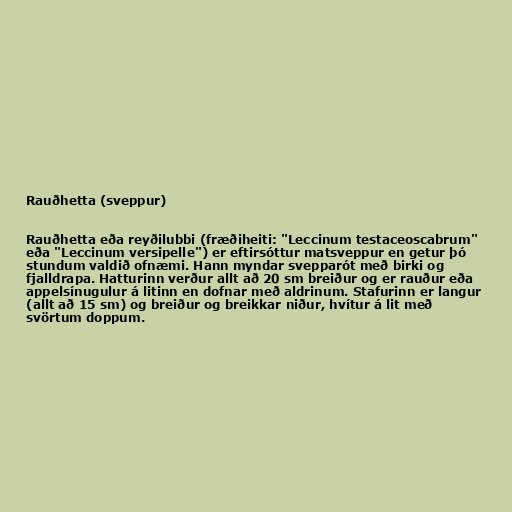
Rauðhetta (sveppur)

Rauðhetta eða reyðilubbi (fræðiheiti: "Leccinum testaceoscabrum"
eða "Leccinum versipelle") er eftirsóttur matsveppur en getur þó
stundum valdið ofnæmi. Hann myndar svepparót með birki og
fjalldrapa. Hatturinn verður allt að 20 sm breiður og er rauður eða
appelsínugulur á litinn en dofnar með aldrinum. Stafurinn er langur
(allt að 15 sm) og breiður og breikkar niður, hvítur á lit með
svörtum doppum.